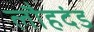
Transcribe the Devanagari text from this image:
लौहदंड